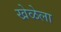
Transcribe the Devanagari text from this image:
खेळेला